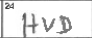
Transcription: HVD